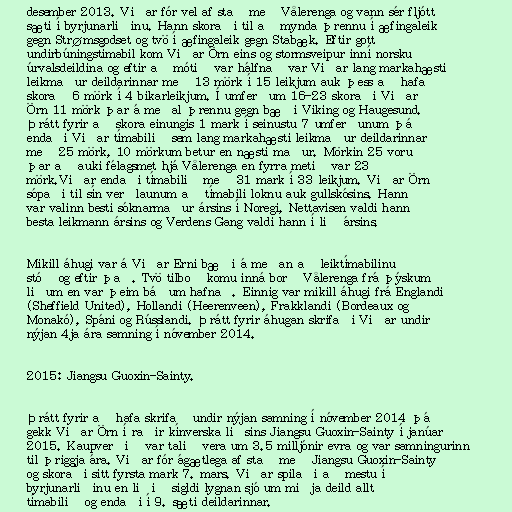
desember 2013. Viðar fór vel af stað með Vålerenga og vann sér fljótt
sæti í byrjunarliðinu. Hann skoraði til að mynda þrennu í æfingaleik
gegn Strømsgodset og tvö í æfingaleik gegn Stabæk. Eftir gott
undirbúningstímabil kom Viðar Örn eins og stormsveipur inní norsku
úrvalsdeildina og eftir að mótið var hálfnað var Viðar lang markahæsti
leikmaður deildarinnar með 13 mörk í 15 leikjum auk þess að hafa
skorað 6 mörk í 4 bikarleikjum. Í umferðum 16-23 skoraði Viðar
Örn 11 mörk þar á meðal þrennu gegn bæði Viking og Haugesund.
Þrátt fyrir að skora einungis 1 mark í seinustu 7 umferðunum þá
endaði Viðar tímabilið sem lang markahæsti leikmaður deildarinnar
með 25 mörk, 10 mörkum betur en næsti maður. Mörkin 25 voru
þar að auki félagsmet hjá Vålerenga en fyrra metið var 23
mörk.Viðar endaði tímabilið með 31 mark í 33 leikjum. Viðar Örn
sópaði til sín verðlaunum að tímabili loknu auk gullskósins. Hann
var valinn besti sóknarmaður ársins í Noregi, Nettavisen valdi hann
besta leikmann ársins og Verdens Gang valdi hann í lið ársins.

Mikill áhugi var á Viðar Erni bæði á meðan að leiktímabilinu
stóð og eftir það. Tvö tilboð komu inná borð Vålerenga frá þýskum
liðum en var þeim báðum hafnað. Einnig var mikill áhugi frá Englandi
(Sheffield United), Hollandi (Heerenveen), Frakklandi (Bordeaux og
Monakó), Spáni og Rússlandi. Þrátt fyrir áhugan skrifaði Viðar undir
nýjan 4ja ára samning í nóvember 2014.

2015: Jiangsu Guoxin-Sainty.

Þrátt fyrir að hafa skrifað undir nýjan samning í nóvember 2014 þá
gekk Viðar Örn í raðir kínverska liðsins Jiangsu Guoxin-Sainty í janúar
2015. Kaupverðið var talið vera um 3.5 milljónir evra og var samningurinn
til þriggja ára. Viðar fór ágætlega af stað með Jiangsu Guoxin-Sainty
og skoraði sitt fyrsta mark 7. mars. Viðar spilaði að mestu í
byrjunarliðinu en liðið sigldi lygnan sjó um miðja deild allt
tímabilið og endaði í 9. sæti deildarinnar.